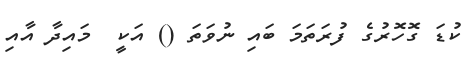
ކުޑަ ގޮހޮރުގެ ފުރަތަމަ ބައި ނުވަތަ () އަކީ  މައިދާ އާއި